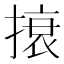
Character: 𰔜